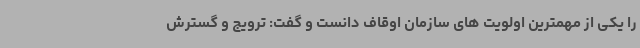
را یکی از مهمترین اولویت های سازمان اوقاف دانست و گفت: ترویج و گسترش